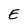
Character: E